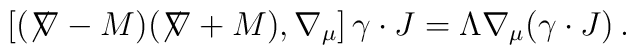
\left[ (\not\!\nabla - M) (\not\!\nabla + M), \nabla_\mu\right] \gamma\cdot J= \Lambda \nabla_\mu (\gamma\cdot J)\,.